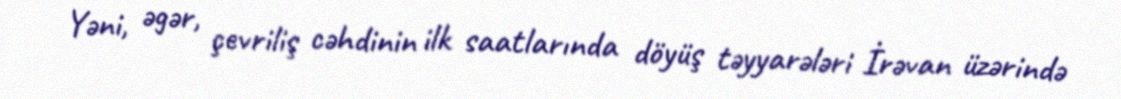
Yəni, əgər, çevriliş cəhdinin ilk saatlarında döyüş təyyarələri İrəvan üzərində